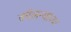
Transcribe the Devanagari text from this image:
कॉलन्यांच्या